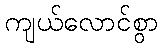
ကျယ်လောင်စွာ